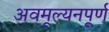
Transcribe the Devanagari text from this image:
अवमूल्यनपूर्ण